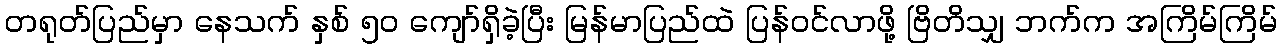
တရုတ်ပြည်မှာ နေသက် နှစ် ၅ဝ ကျော်ရှိခဲ့ပြီး မြန်မာပြည်ထဲ ပြန်ဝင်လာဖို့ ဗြိတိသျှ ဘက်က အကြိမ်ကြိမ်